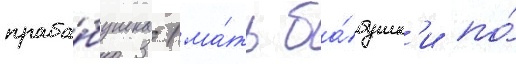
праба́бушка (ма́ть ба́бушк'и по́